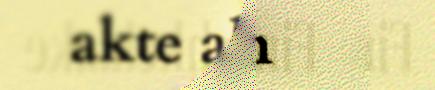
akte aktem